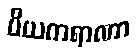
ပိယကရာဏာ